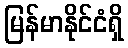
မြန်မာနိုင်ငံရှိ